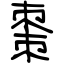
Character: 棗